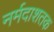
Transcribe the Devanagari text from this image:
नर्मदाशतक